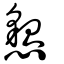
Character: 㦝